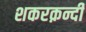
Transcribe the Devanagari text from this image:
शकरक़न्दी